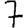
Digit: 7